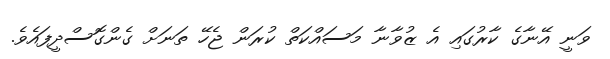
ވަނީ އޭނާގެ ކާރުގައި އެ ޒުވާނާ މަސައްކަތް ކުރަން ޖެހޭ ތަނަށް ގެންގޮސްދީފައެވެ.